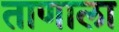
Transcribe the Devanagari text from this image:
ताणाला